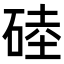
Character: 𥓪